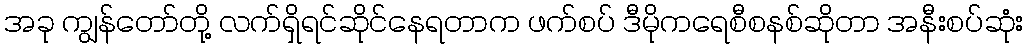
အခု ကျွန်တော်တို့ လက်ရှိရင်ဆိုင်နေရတာက ဖက်စပ် ဒီမိုကရေစီစနစ်ဆိုတာ အနီးစပ်ဆုံး